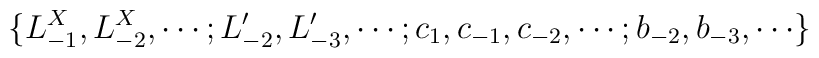
\{ L_{-1}^X, L_{-2}^X, \cdots  ;  L'_{-2}, L'_{-3}, \cdots ;c_{1}, c_{-1}, c_{-2} , \cdots ; b_{-2},b_{-3}, \cdots \}